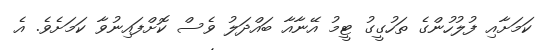
ކަމަށާއި ފުލުހުންގެ ތަހުގީގު ޓީމު އޭނާއާ ބައްދަލު ވެސް ކޮށްފައިނުވާ ކަމަށެވެ. އެ